Vaccination United Provinces of Agra and Oudh 1902-1913 - 1902-1913
Year: 1902
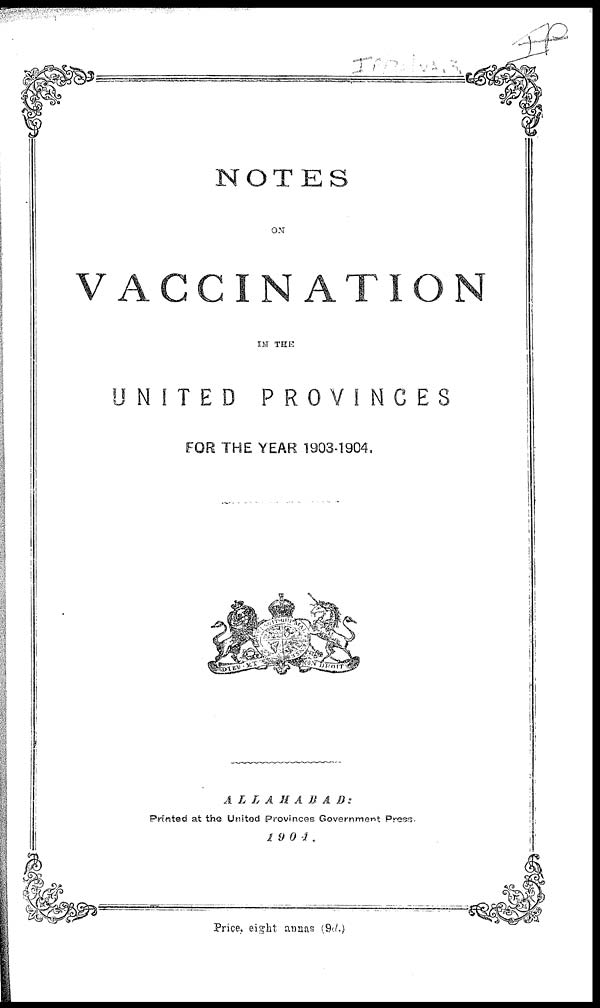
NOTES
ON
VACCINATION
IN THE
UNITED
PROVINCES
FOR THE YEAR 1903-1904.
ALLAHABAD:
Printed at the United Provinces Government Press.
1904.
Price. eight annas (9d.)